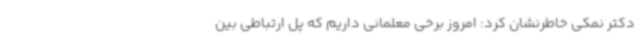
دکتر نمکی خاطرنشان کرد: امروز برخی معلمانی داریم که پل ارتباطی بین